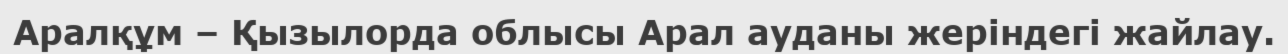
Аралқұм – Қызылорда облысы Арал ауданы жеріндегі жайлау.